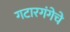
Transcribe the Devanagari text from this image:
गटारगंगेचे